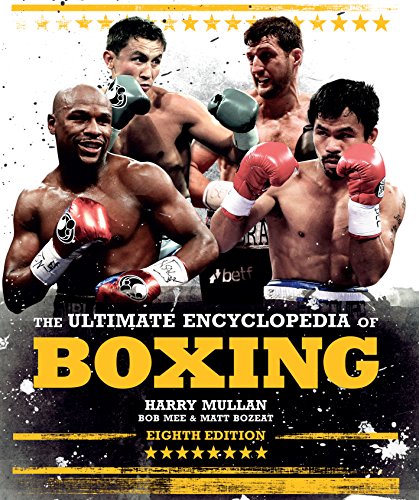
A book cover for The Ultimate Encyclopedia of Boxing; Harry Mullan; Sports & Outdoors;